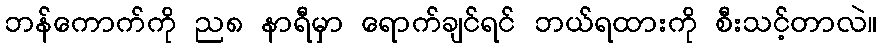
ဘန်ကောက်ကို ည၈ နာရီမှာ ရောက်ချင်ရင် ဘယ်ရထားကို စီးသင့်တာလဲ။